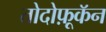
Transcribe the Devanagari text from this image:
तोदोफ़ूकॅन